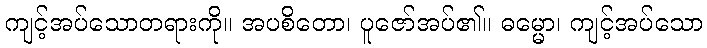
ကျင့်အပ်သောတရားကို။ အပစိတော၊ ပူဇော်အပ်၏။ ဓမ္မော၊ ကျင့်အပ်သော